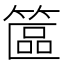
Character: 𥱸